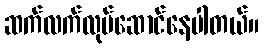
ဆက်လက်လုပ်ဆောင်နေပါတယ်။